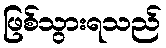
ဖြစ်သွားရသည်